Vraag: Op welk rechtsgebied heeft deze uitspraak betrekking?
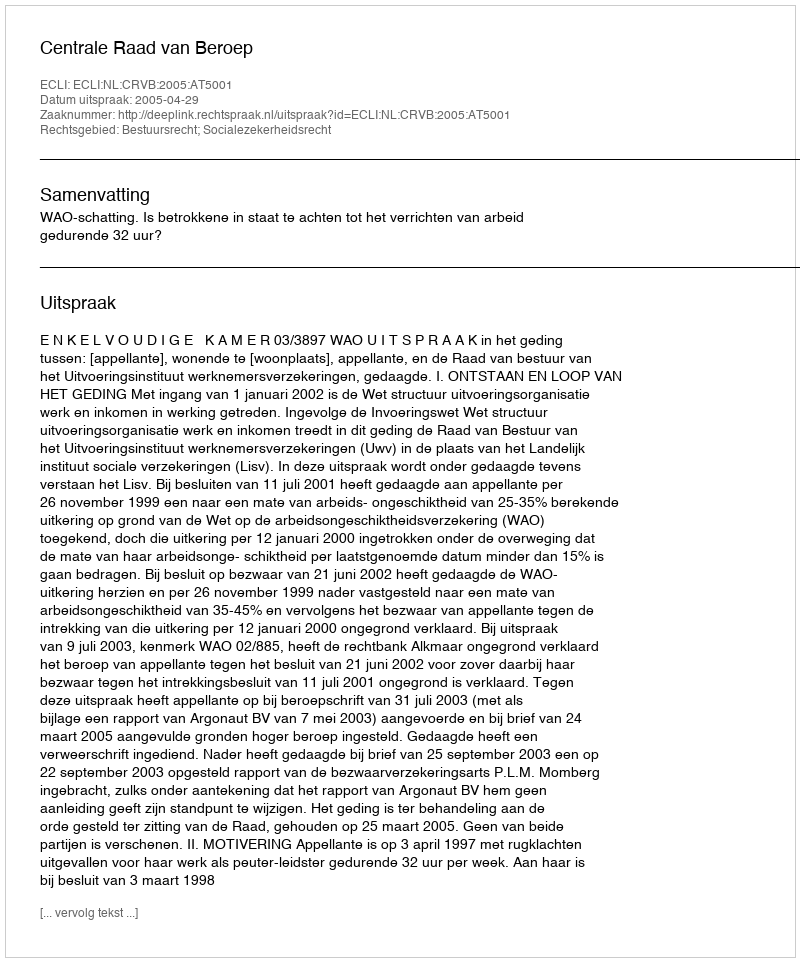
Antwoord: Bestuursrecht; Socialezekerheidsrecht